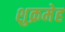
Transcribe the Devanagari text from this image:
शुक्रमेह